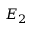
E _ { 2 }